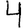
Digit: 4